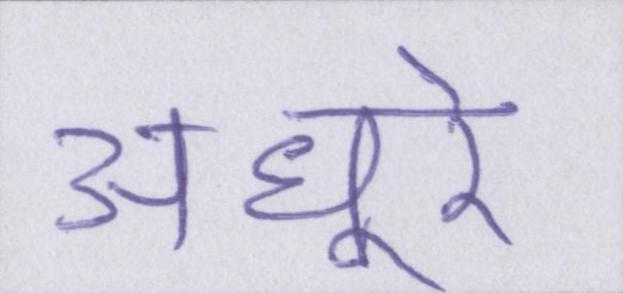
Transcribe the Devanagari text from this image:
अधूरे